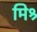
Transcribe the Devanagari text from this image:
मिश्र्